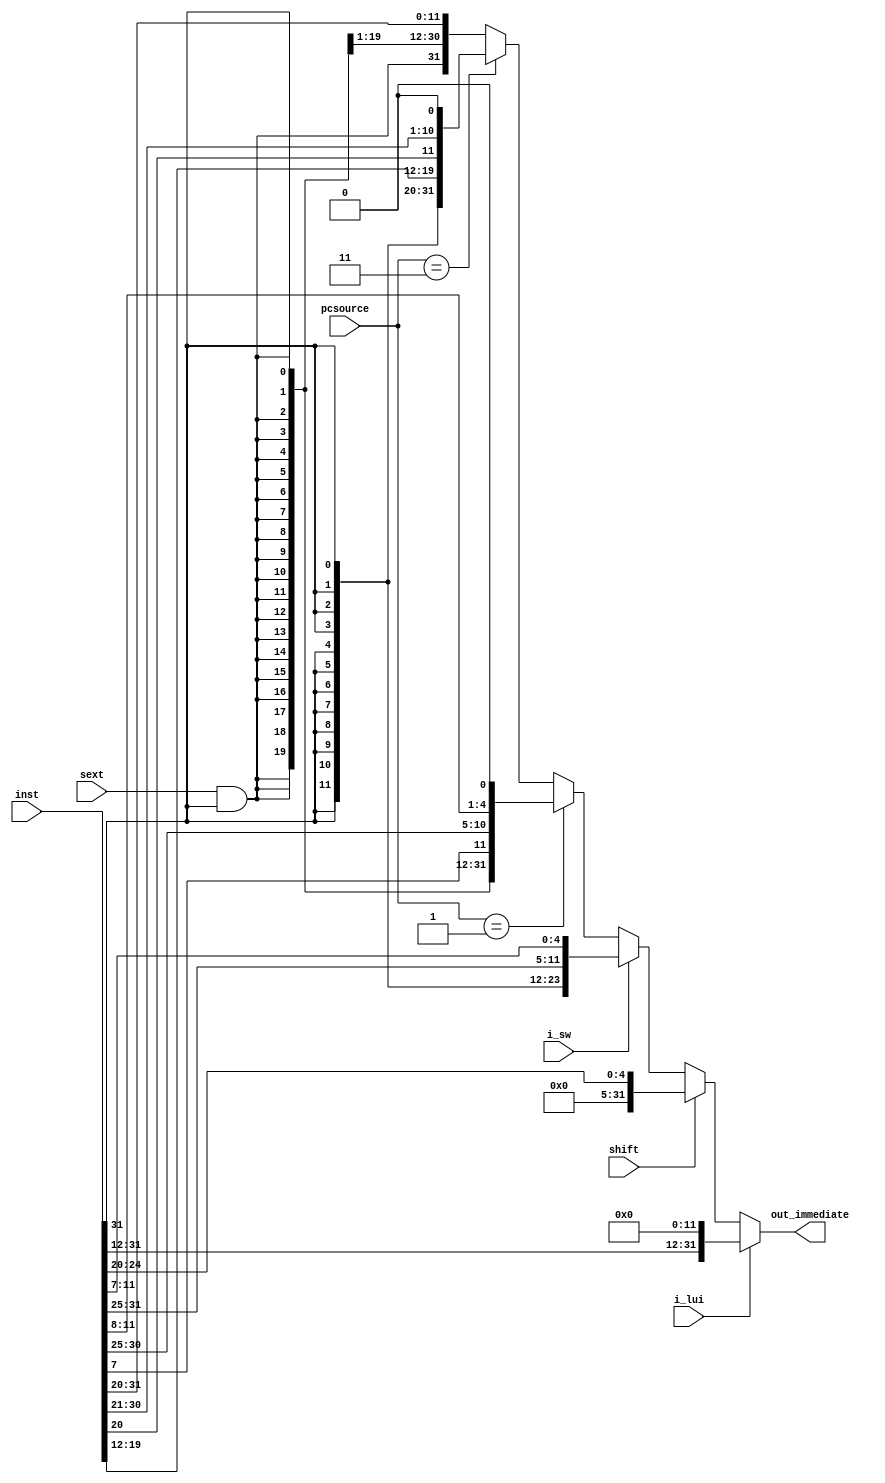
`timescale 1ns / 1ps
//////////////////////////////////////////////////////////////////////////////////
// Company: 
// Engineer: 
// 
// Design Name: 
// Module Name: immext
// Project Name: 
// Target Devices: 
// Tool Versions: 
// Description: 
// 
// Dependencies: 
// 
// Revision:
// Revision 0.01 - File Created
// Additional Comments:
// 
//////////////////////////////////////////////////////////////////////////////////


module immext(inst,pcsource,sext,i_lui,i_sw,shift,out_immediate);
    input [31:0] inst;
    input sext,i_lui,i_sw,shift;
    input [1:0] pcsource;
    output [31:0] out_immediate;

    wire e = sext & inst[31];
        
    wire [31:0] shift_imm, sw_imm, branchpc_offset, jalpc_offset, itype_imm, lui_imm;
    
    assign shift_imm = {27'b0,inst[24:20]};
    assign sw_imm = {{20{inst[31]}},inst[31:25],inst[11:7]};
    assign branchpc_offset = {{19{e}},inst[31], inst[7],inst[30:25],inst[11:8],1'b0};
    assign jalpc_offset = {{12{inst[31]}},inst[19:12],inst[20],inst[30:21],1'b0};
    assign itype_imm = {{20{e}},inst[31:20]};
    assign lui_imm = {inst[31:12],12'b0};

    assign out_immediate = i_lui ?  lui_imm:
                          shift ?  shift_imm:
                          i_sw  ?  sw_imm:
                        (pcsource == 2'b01)  ?  branchpc_offset:
                        (pcsource == 2'b11)  ?  jalpc_offset:
                        itype_imm;
endmodule